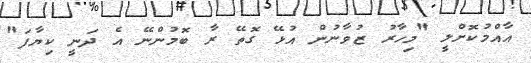
އާއްމުކޮށްލީ "މިހާރު ޒުވާނުން އުޅޭ ގޮތޭ ރާ ބޮމުންނޭ އެ ދަނީ ކިޔާފަ"